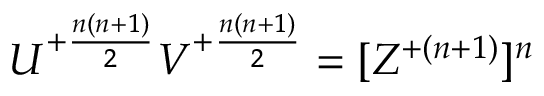
U ^ { + { \frac { n ( n + 1 ) } { 2 } } } V ^ { + { \frac { n ( n + 1 ) } { 2 } } } = [ Z ^ { + { ( n + 1 ) } } ] ^ { n }